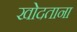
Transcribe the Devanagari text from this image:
खोदताना